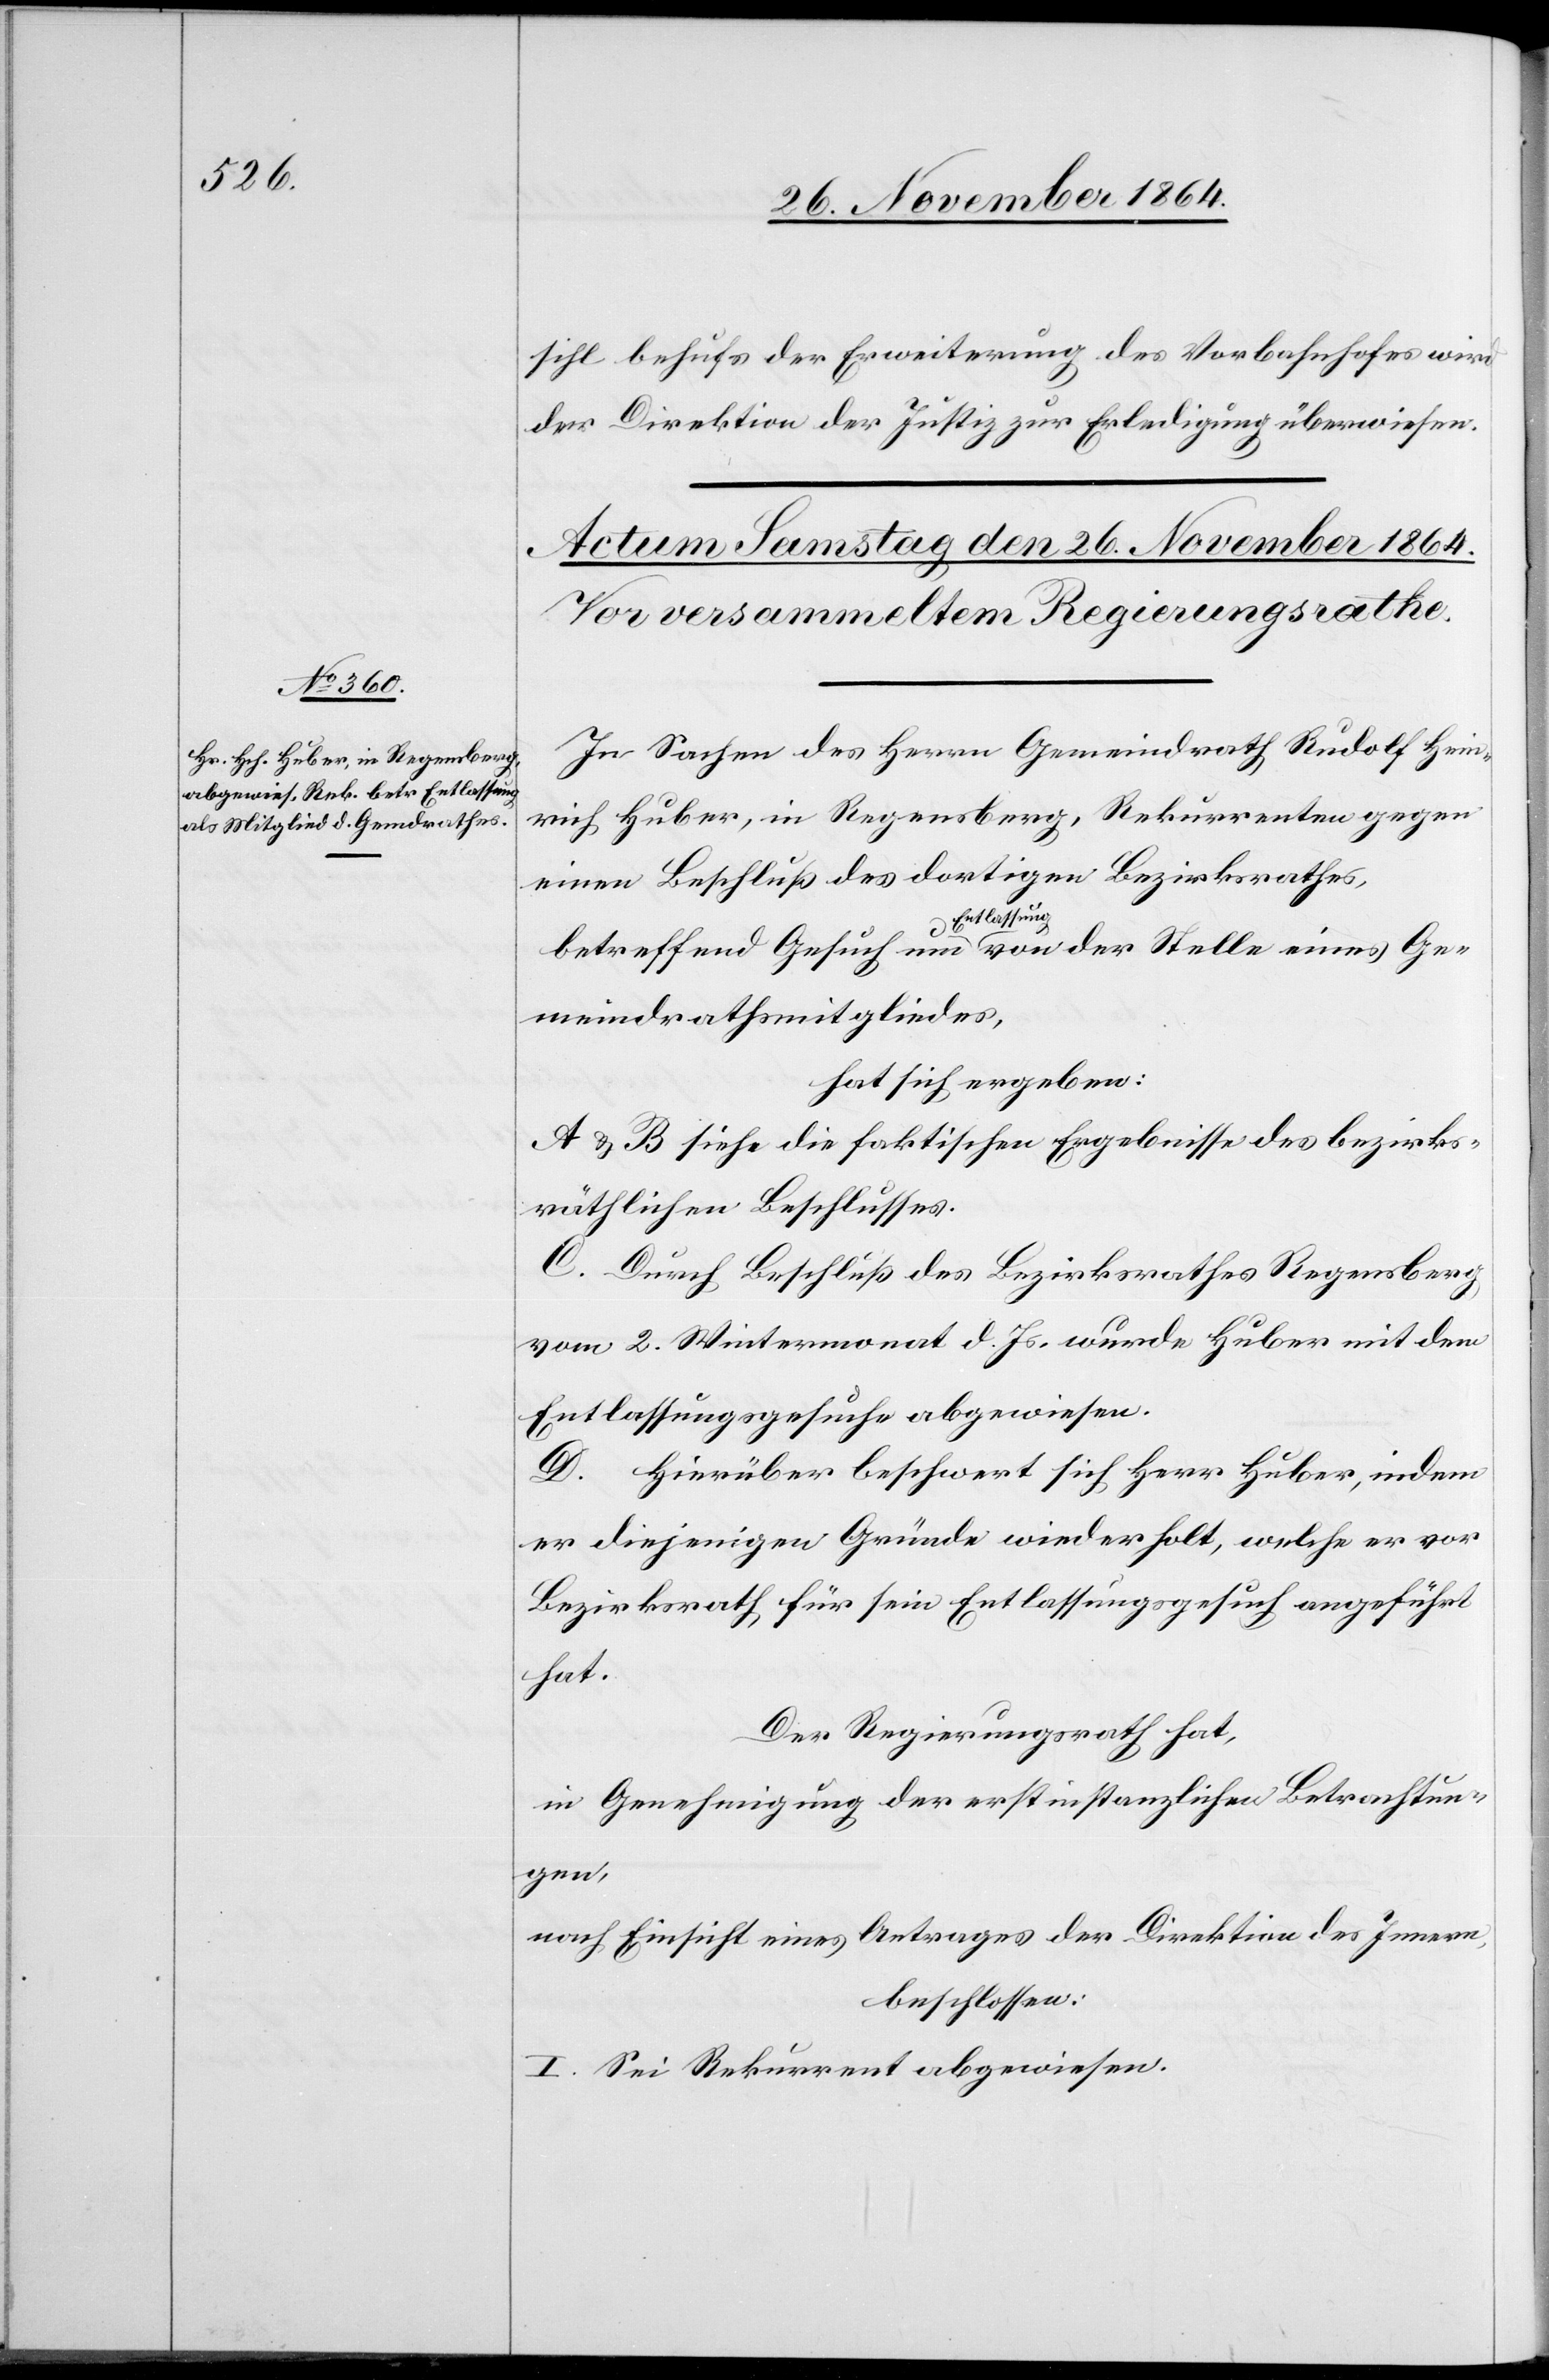
sihl behufs der Erweiterung des Vorbahnhofes wird
der Direktion der Justiz zur Erledigung überwiesen.
In Sachen des Herrn Gemeindrath Rudolf Hein¬
rich Huber, in Regensberg, Rekurrenten gegen
einen Beschluß des dortigen Bezirksrathes,
betreffend Gesuch um a-Entlassung-a von der Stelle eines Ge¬
meindrathsmitgliedes,
hat sich ergeben:
A. & B. siehe die faktischen Ergebnisse des bezirks¬
räthlichen Beschlusses.
C. Durch Beschluß des Bezirksrathes Regensberg
vom 2. Wintermonat d. Js. wurde Huber mit dem
Entlassungsgesuche abgewiesen.
D. Hierüber beschwert sich Herr Huber, indem
er diejenigen Gründe wiederholt, welche er vor
Bezirksrath für sein Entlassungsgesuch angeführt
hat.
Der Regierungsrath hat,
in Genehmigung der erstinstanzlichen Betrachtun¬
gen,
nach Einsicht eines Antrages der Direktion des Innern,
beschlossen:
I. Sei Rekurrent abgewiesen.